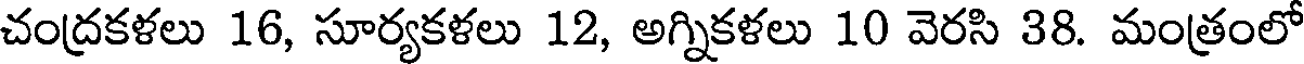
చంద్రకళలు 16, సూర్యకళలు 12, అగ్నికళలు 10 వెరసి 38. మంత్రంలో